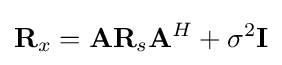
\mathbf {R} _{x}=\mathbf {A} \mathbf {R} _{s}\mathbf {A} ^{H}+\sigma ^{2}\mathbf {I}